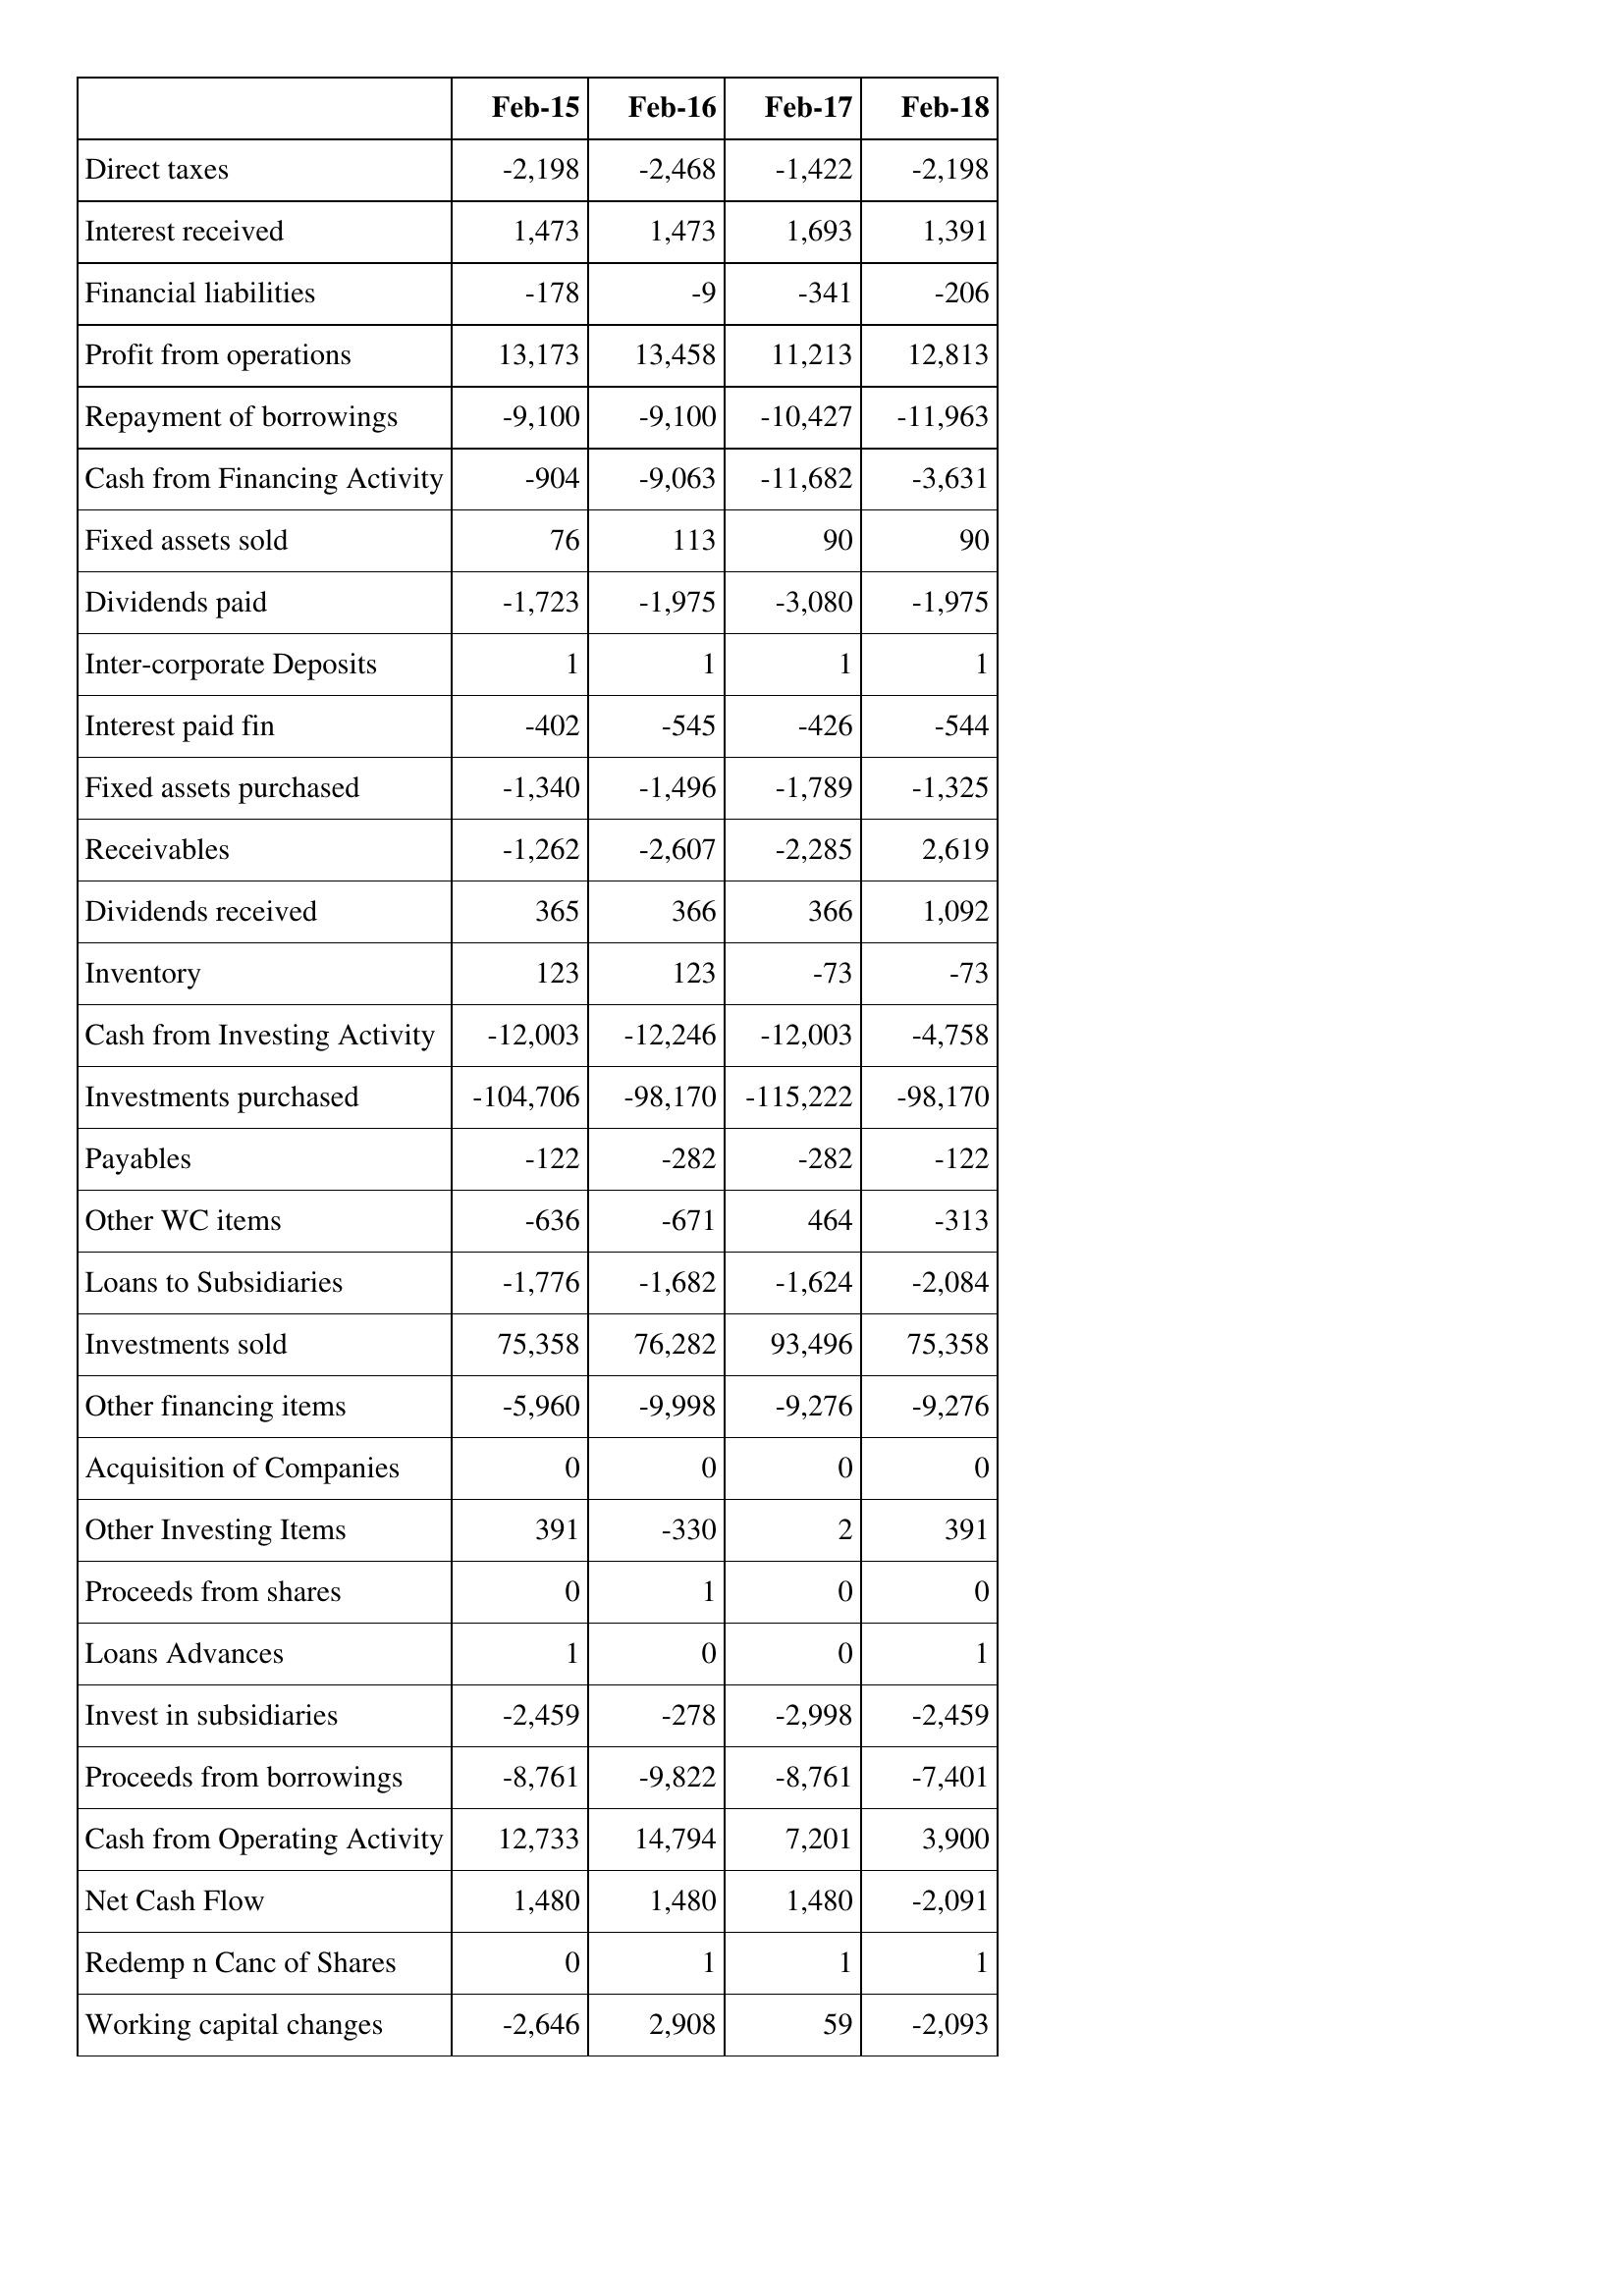
Feb-15: Cash Flows: Direct taxes: -2,198
Interest received: 1,473
Financial liabilities: -178
Profit from operations: 13,173
Repayment of borrowings: -9,100
Cash from Financing Activity: -904
Fixed assets sold: 76
Dividends paid: -1,723
Inter-corporate Deposits: 1
Interest paid fin: -402
Fixed assets purchased: -1,340
Receivables: -1,262
Dividends received: 365
Inventory: 123
Cash from Investing Activity: -12,003
Investments purchased: -104,706
Payables: -122
Other WC items: -636
Loans to Subsidiaries: -1,776
Investments sold: 75,358
Other financing items: -5,960
Acquisition of Companies: 0
Other Investing Items: 391
Proceeds from shares: 0
Loans Advances: 1
Invest in subsidiaries: -2,459
Proceeds from borrowings: -8,761
Cash from Operating Activity: 12,733
Net Cash Flow: 1,480
Redemp n Canc of Shares: 0
Working capital changes: -2,646
Feb-16: Cash Flows: Direct taxes: -2,468
Interest received: 1,473
Financial liabilities: -9
Profit from operations: 13,458
Repayment of borrowings: -9,100
Cash from Financing Activity: -9,063
Fixed assets sold: 113
Dividends paid: -1,975
Inter-corporate Deposits: 1
Interest paid fin: -545
Fixed assets purchased: -1,496
Receivables: -2,607
Dividends received: 366
Inventory: 123
Cash from Investing Activity: -12,246
Investments purchased: -98,170
Payables: -282
Other WC items: -671
Loans to Subsidiaries: -1,682
Investments sold: 76,282
Other financing items: -9,998
Acquisition of Companies: 0
Other Investing Items: -330
Proceeds from shares: 1
Loans Advances: 0
Invest in subsidiaries: -278
Proceeds from borrowings: -9,822
Cash from Operating Activity: 14,794
Net Cash Flow: 1,480
Redemp n Canc of Shares: 1
Working capital changes: 2,908
Feb-17: Cash Flows: Direct taxes: -1,422
Interest received: 1,693
Financial liabilities: -341
Profit from operations: 11,213
Repayment of borrowings: -10,427
Cash from Financing Activity: -11,682
Fixed assets sold: 90
Dividends paid: -3,080
Inter-corporate Deposits: 1
Interest paid fin: -426
Fixed assets purchased: -1,789
Receivables: -2,285
Dividends received: 366
Inventory: -73
Cash from Investing Activity: -12,003
Investments purchased: -115,222
Payables: -282
Other WC items: 464
Loans to Subsidiaries: -1,624
Investments sold: 93,496
Other financing items: -9,276
Acquisition of Companies: 0
Other Investing Items: 2
Proceeds from shares: 0
Loans Advances: 0
Invest in subsidiaries: -2,998
Proceeds from borrowings: -8,761
Cash from Operating Activity: 7,201
Net Cash Flow: 1,480
Redemp n Canc of Shares: 1
Working capital changes: 59
Feb-18: Cash Flows: Direct taxes: -2,198
Interest received: 1,391
Financial liabilities: -206
Profit from operations: 12,813
Repayment of borrowings: -11,963
Cash from Financing Activity: -3,631
Fixed assets sold: 90
Dividends paid: -1,975
Inter-corporate Deposits: 1
Interest paid fin: -544
Fixed assets purchased: -1,325
Receivables: 2,619
Dividends received: 1,092
Inventory: -73
Cash from Investing Activity: -4,758
Investments purchased: -98,170
Payables: -122
Other WC items: -313
Loans to Subsidiaries: -2,084
Investments sold: 75,358
Other financing items: -9,276
Acquisition of Companies: 0
Other Investing Items: 391
Proceeds from shares: 0
Loans Advances: 1
Invest in subsidiaries: -2,459
Proceeds from borrowings: -7,401
Cash from Operating Activity: 3,900
Net Cash Flow: -2,091
Redemp n Canc of Shares: 1
Working capital changes: -2,093